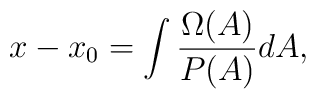
x-x_0= \int \frac{\Omega(A)}{P(A)}dA,